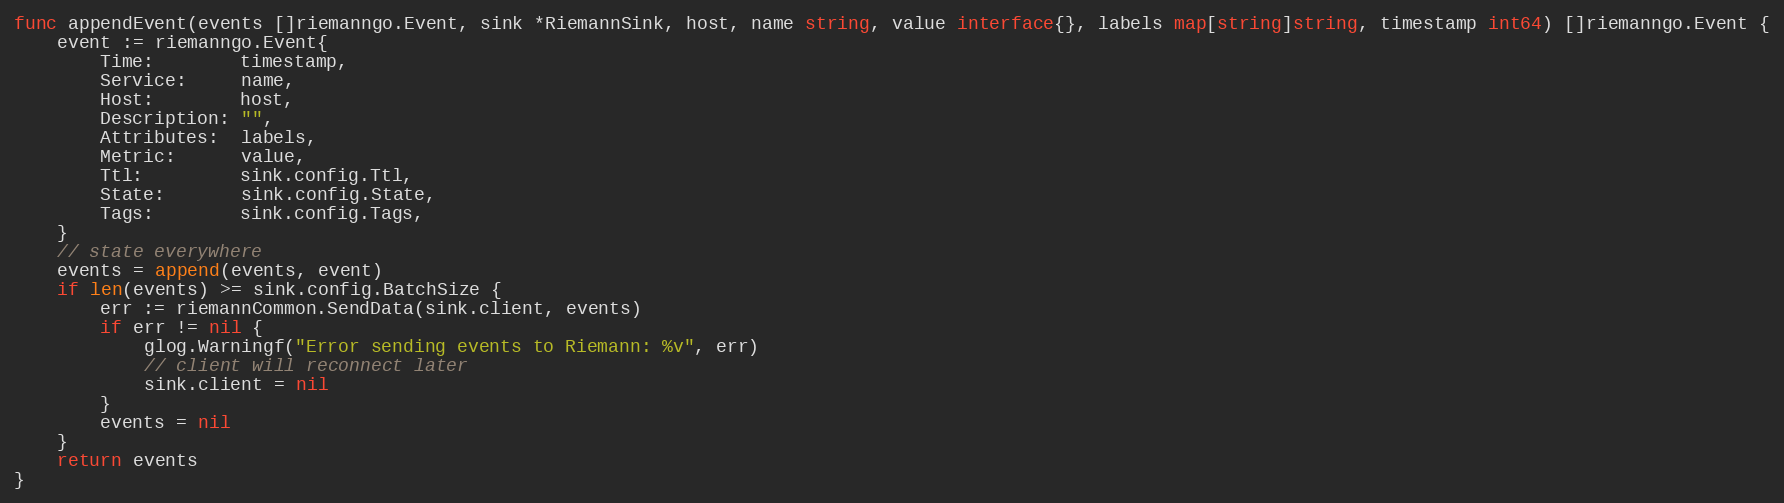
Language: Go
func appendEvent(events []riemanngo.Event, sink *RiemannSink, host, name string, value interface{}, labels map[string]string, timestamp int64) []riemanngo.Event {
	event := riemanngo.Event{
		Time:        timestamp,
		Service:     name,
		Host:        host,
		Description: "",
		Attributes:  labels,
		Metric:      value,
		Ttl:         sink.config.Ttl,
		State:       sink.config.State,
		Tags:        sink.config.Tags,
	}
	// state everywhere
	events = append(events, event)
	if len(events) >= sink.config.BatchSize {
		err := riemannCommon.SendData(sink.client, events)
		if err != nil {
			glog.Warningf("Error sending events to Riemann: %v", err)
			// client will reconnect later
			sink.client = nil
		}
		events = nil
	}
	return events
}